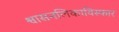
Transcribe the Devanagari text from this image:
श्वासनलिकाविस्फार